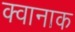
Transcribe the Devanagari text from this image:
क्वानाक